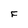
Character: F